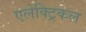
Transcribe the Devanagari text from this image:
एलेक्ट्रिकल